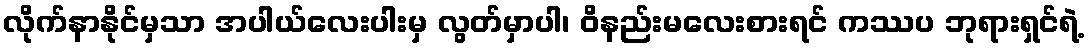
လိုက်နာနိုင်မှသာ အပါယ်လေးပါးမှ လွတ်မှာပါ၊ ဝိနည်းမလေးစားရင် ကဿပ ဘုရားရှင်ရဲ့